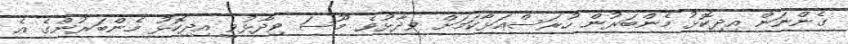
ގެންނަން އިދިކޮޅު މެންބަރުން ހުރަސްއަޅާކަމަށް ވިދާޅުވެ މޫސަ ވިދާޅުވީ އިދިކޮޅު މެންބަރުންގެ އެ